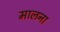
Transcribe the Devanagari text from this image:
मालना